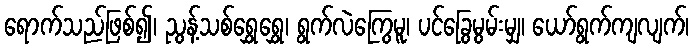
ရောက်သည်ဖြစ်၍၊ ညွန့်သစ်ရွှေရွှေ၊ ရွက်လဲကြွေမူ၊ ပင်ခြွေမွမ်းမျှ၊ ယော်ရွက်ကျလျက်၊